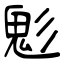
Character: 鬽